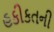
હકીકતની